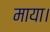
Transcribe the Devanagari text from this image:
माया।